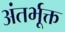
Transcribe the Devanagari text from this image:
अंतर्भूक्त